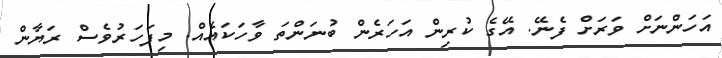
އަހަންނަށް ވަރަށް ފެނޭ. އޭގެ ކުރިން އަހަރެން ބުނަންތަ ވާހަކައެއް. މިފަހަރުވެސް ރަޔާން